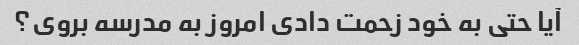
آیا حتی به خود زحمت دادی امروز به مدرسه بروی؟